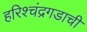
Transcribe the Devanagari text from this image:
हरिश्चंद्रगडाची